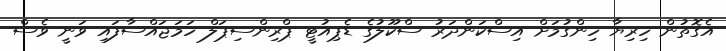
އެގޮތުން ހިރިޔާ ހިންގުމަށް އިސްކަންދަރު ސްކޫލުގެ ޑެޕިއުޓީ ޕްރިންސިޕަލް ހަމަޖައްސާފައި ވަނީ ވެސް